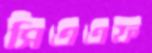
সিএএফ